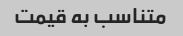
متناسب به قیمت